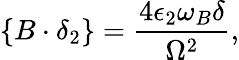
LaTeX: \{ B\cdot\delta_{2}\} =\frac{4\epsilon_{2}\omega_{B}\delta}{\Omega^{2}},